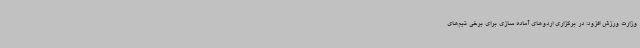
وزارت ورزش افزود: در برگزاری اردوهای آماده سازی برای برخی تیم‌های